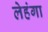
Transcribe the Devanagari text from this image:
लेहंगा